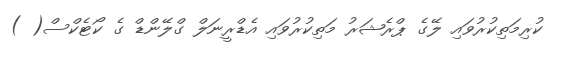
ކުރިމަތިކުރުވައި ލޭގެ ޕްރެޝަރު މަތިކުރުވައި އެޑްރީނަލް ގްލޭންޑް ގެ ކޯޓެކްސް( )